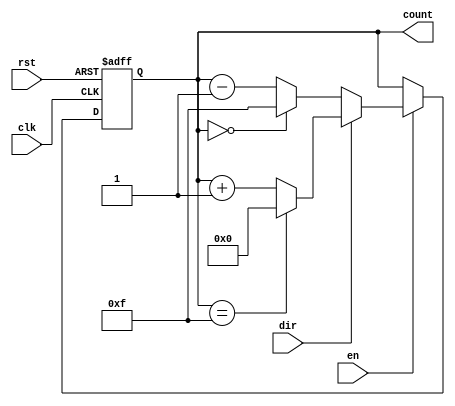
module MemoryBlocksBinaryCounter (
    input wire clk,            // Clock signal
    input wire rst,            // Asynchronous reset signal
    input wire en,            // Enable signal
    input wire dir,           // Direction control signal (1 for up, 0 for down)
    output reg [3:0] count    // 4-bit output count
);

    // Maximum count value for the 4-bit counter
    localparam MAX_COUNT = 4'b1111;
    localparam MIN_COUNT = 4'b0000;

    // Initial block to set the initial count value
    initial begin
        count = MIN_COUNT; // Set the initial value to zero
    end

    // Always block triggered on the rising edge of the clock
    always @(posedge clk or posedge rst) begin
        // Asynchronous reset
        if (rst) begin
            count <= MIN_COUNT; // Reset count to zero on reset signal
        end else if (en) begin
            // Counting logic
            if (dir) begin
                // Up counting
                if (count == MAX_COUNT) begin
                    count <= MIN_COUNT; // Wrap around
                end else begin
                    count <= count + 1'b1; // Increment count
                end
            end else begin
                // Down counting
                if (count == MIN_COUNT) begin
                    count <= MAX_COUNT; // Wrap around
                end else begin
                    count <= count - 1'b1; // Decrement count
                end
            end
        end
    end

endmodule